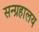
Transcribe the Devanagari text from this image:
सन्ग्रहालय